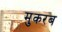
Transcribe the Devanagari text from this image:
मुकरब